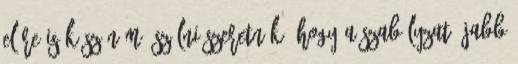
előre is köszönöm. Szólni szeretnék, hogy a szabályzat újabb